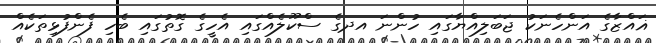
ޣައްޒާގެ އަންހެނަކު ޖަބަލިއްޔާގައި ހުންނަ އދގެ ސްކޫލެއްގައި އެހީގެ ގޮތުގައި ބެހި ފެންފުޅިތަކެއް